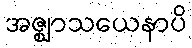
အဇ္ဈာသယေနာပိ